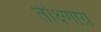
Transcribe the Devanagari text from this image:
तीक्ष्णाग्र